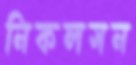
নিকলসন